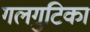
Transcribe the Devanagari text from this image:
गलगुटिका